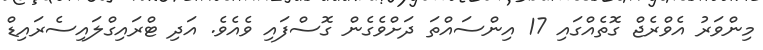
މިންވަރު އެވްރެޖް ގޮތެއްގައި 17 އިންސައްތަ ދަށްވެގެން ގޮސްފައި ވެއެވެ. އަދި ޓްރައިގްލައިސެރައިޑް